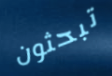
تبحثون